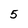
Character: 5